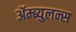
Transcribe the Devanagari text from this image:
ॲम्ब्युलन्स